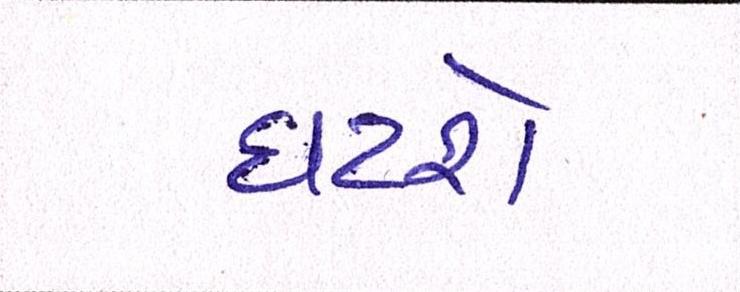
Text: ઘટશે